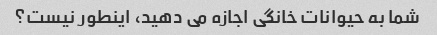
شما به حیوانات خانگی اجازه می دهید، اینطور نیست؟